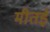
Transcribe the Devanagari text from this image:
मीतई